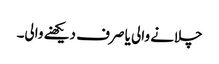
چلانے والی یا صرف دیکھنے والی۔